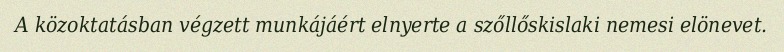
A közoktatásban végzett munkájáért elnyerte a szőllőskislaki nemesi elönevet.